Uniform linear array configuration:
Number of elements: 24
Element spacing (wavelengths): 0.5
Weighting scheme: cosine
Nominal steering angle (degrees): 30
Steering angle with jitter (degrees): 28.814
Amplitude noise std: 0.05
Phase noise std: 0.05

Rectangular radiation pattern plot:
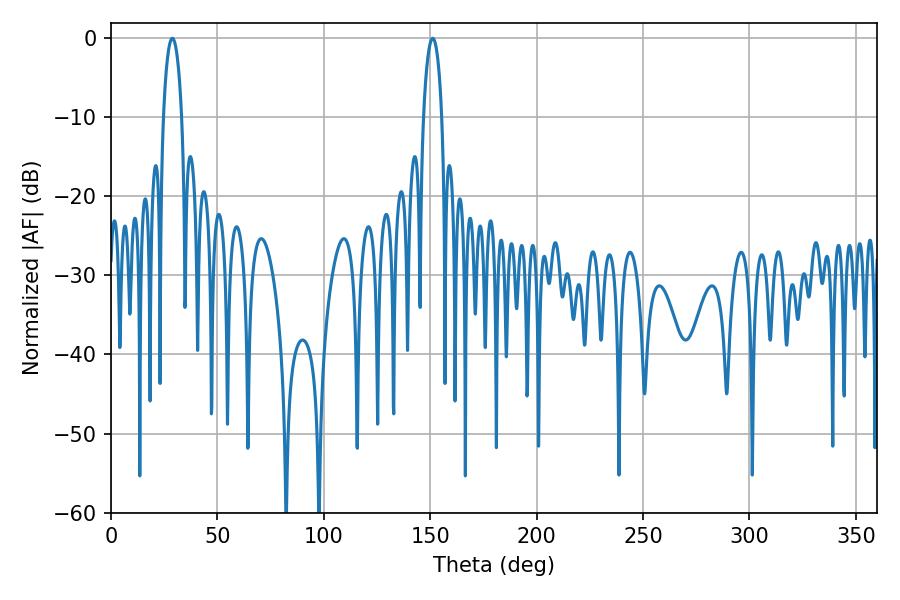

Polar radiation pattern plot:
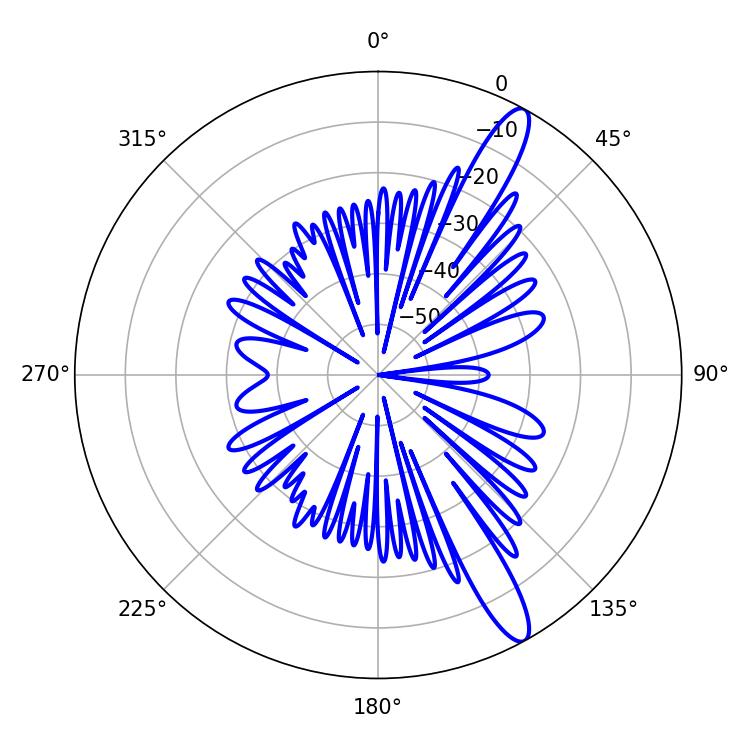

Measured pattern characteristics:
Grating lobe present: FALSE
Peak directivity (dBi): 13.387
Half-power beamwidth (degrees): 4.86
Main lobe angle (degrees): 28.8